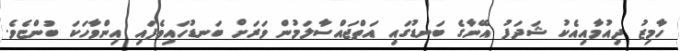
ހާމިޒު ދިއުމާއިއެކު ޝަދަފު އޭނާގެ ބަނޑުގައި އަތްޖައްސާލަމުން ވަރަށް ބަނޑުހައިވެފައި އިންވާހަކަ ބުންޏެވެ.